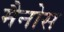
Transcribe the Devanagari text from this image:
मैनोस